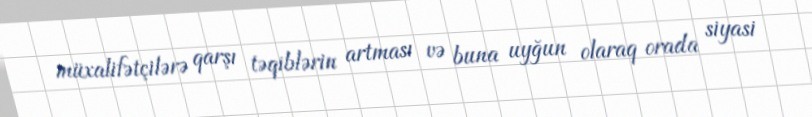
müxalifətçilərə qarşı təqiblərin artması və buna uyğun olaraq orada siyasi